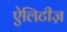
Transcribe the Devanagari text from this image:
ऐलिटीज़